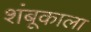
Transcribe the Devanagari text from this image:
शंबूकाला